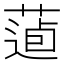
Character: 𦷿